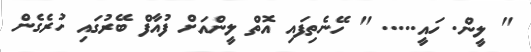
" ލީން. ހައީ..... " ހޭނެތިފައި އޮތް ލީންއަށް ފުއާފް ބޭރުގައި ހުރެގެން